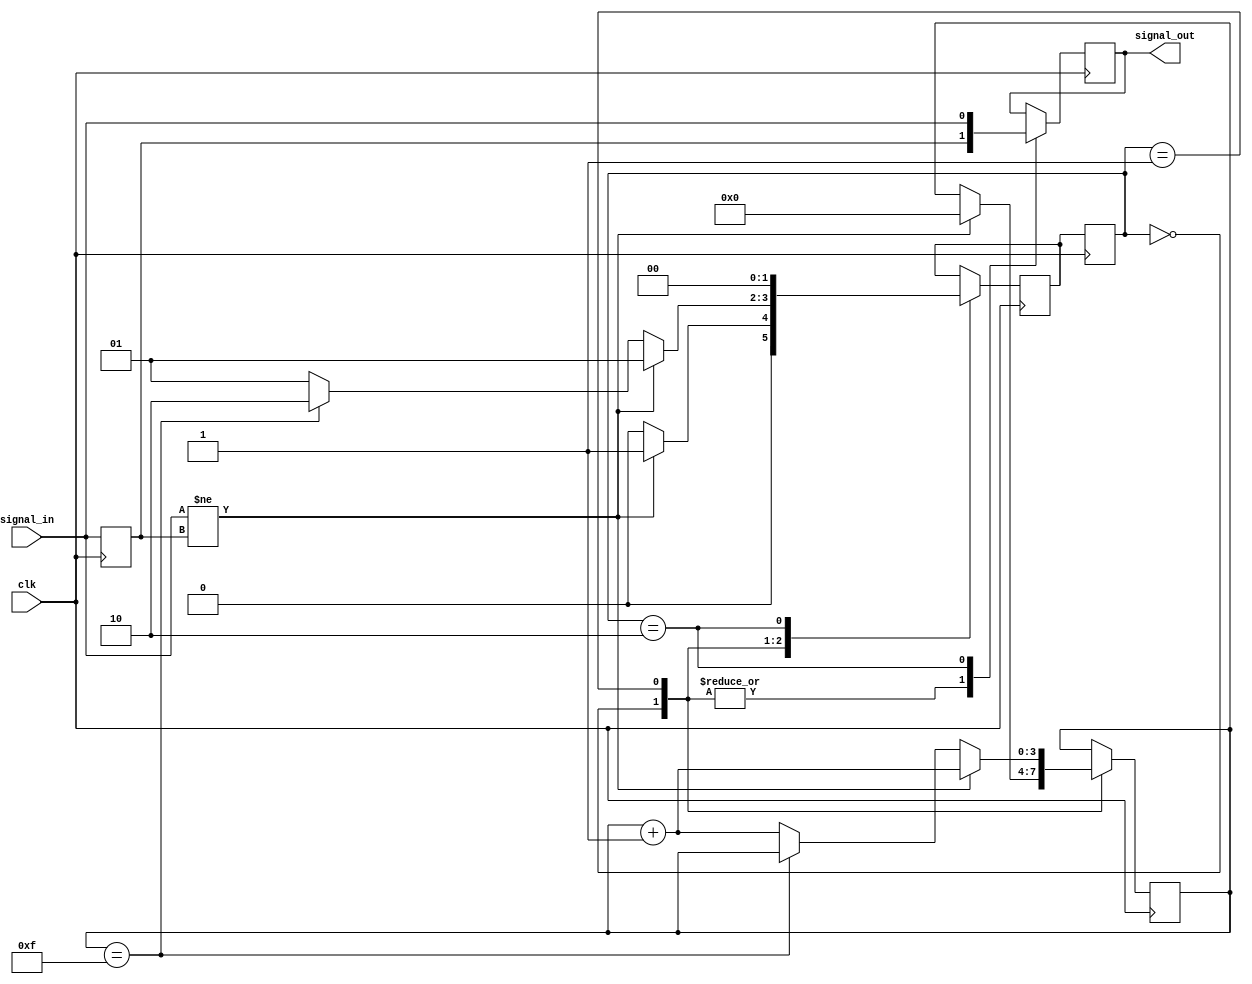
module debounce_circuit (
    input wire signal_in,
    input wire clk,
    output reg signal_out
);

// Define FSM states
parameter IDLE = 2'b00;
parameter WAIT = 2'b01;
parameter DEBOUNCE = 2'b10;

// Define state reg
reg [1:0] state_reg;
reg [1:0] next_state_reg;

// Define debounce counter
reg [3:0] debounce_counter;

// Define edge detection
reg prev_signal;

// FSM logic
always @(posedge clk) begin
    case(state_reg)
        IDLE: begin
            if(signal_in != prev_signal) begin
                next_state_reg <= WAIT;
                debounce_counter <= 4'd0;
            end else begin
                next_state_reg <= IDLE;
            end
        end
        WAIT: begin
            if(signal_in != prev_signal) begin
                next_state_reg <= WAIT;
                debounce_counter <= debounce_counter + 4'd1;
            end else begin
                if(debounce_counter == 4'd15) begin
                    next_state_reg <= DEBOUNCE;
                end else begin
                    next_state_reg <= WAIT;
                    debounce_counter <= debounce_counter + 4'd1;
                end
            end
        end
        DEBOUNCE: begin
            next_state_reg <= IDLE;
        end
    endcase
end

// Update state
always @(posedge clk) begin
    state_reg <= next_state_reg;
    prev_signal <= signal_in;
end

// Output logic
always @(posedge clk) begin
    case(state_reg)
        IDLE: begin
            signal_out <= prev_signal;
        end
        WAIT: begin
            signal_out <= prev_signal;
        end
        DEBOUNCE: begin
            signal_out <= signal_in;
        end
    endcase
end
    
endmodule